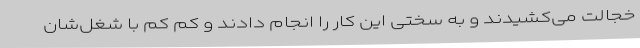
خجالت می‌کشیدند و به سختی این کار را انجام دادند و کم کم با شغل‌شان